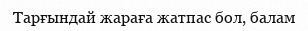
Тарғындай жараға жатпас бол, балам